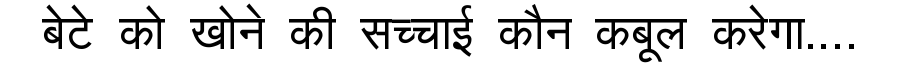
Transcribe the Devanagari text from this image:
बेटे को खोने की सच्चाई कौन कबूल करेगा....